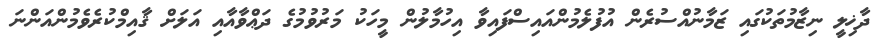
ދާޚިލީ ނިޒާމުތަކުގައި ޒަމާނުއްސުރެން އުފުލެމުންއައިސްފައިވާ އިހުމާލުން މީހަކު މަރުވުމުގެ ދަޢްވާއާއި އަލަށް ޤާއިމްކުރެވެމުންއަންނަ